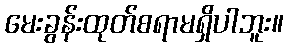
မေးခွန်းထုတ်စရာမရှိပါဘူး။